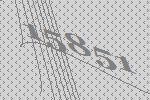
15851